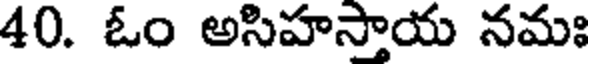
40. ఓం అసిహస్తాయ నమః